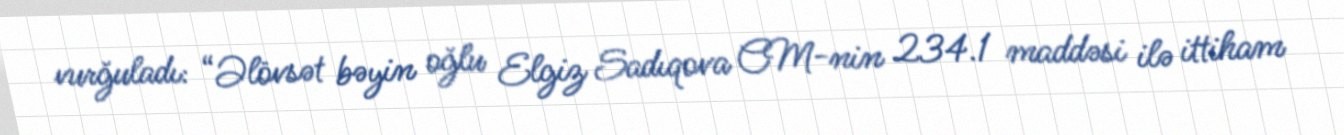
vurğuladı: “Əlövsət bəyin oğlu Elgiz Sadıqova CM-nin 234.1 maddəsi ilə ittiham